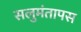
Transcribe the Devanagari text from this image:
सलुमंतापस